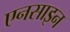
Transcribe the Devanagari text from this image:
एनसाइन